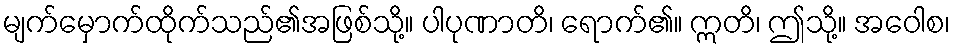
မျက်မှောက်ထိုက်သည်၏အဖြစ်သို့။ ပါပုဏာတိ၊ ရောက်၏။ ဣတိ၊ ဤသို့။ အဝေါစ၊